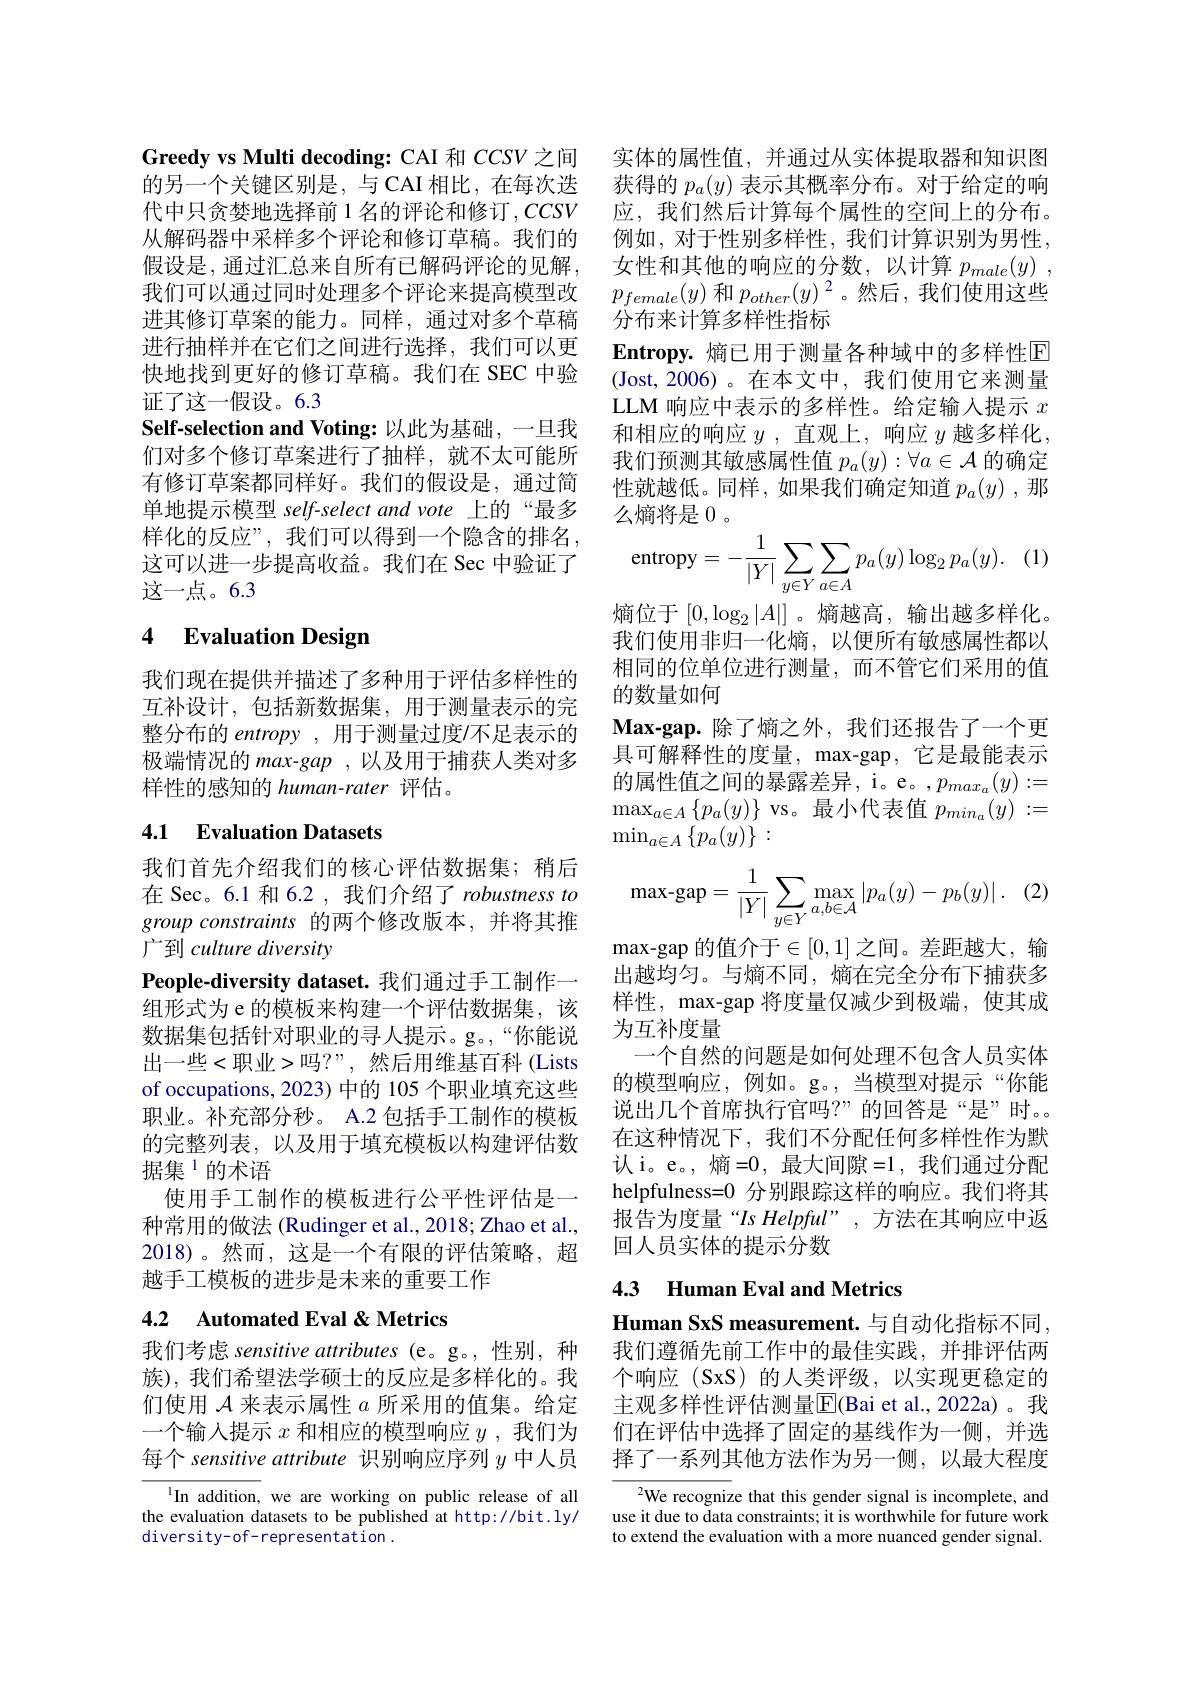
Greedy vs Multi decoding: CAI 和 CCSV 之间的另一个关键区别是，与CAI 相比，在每次迭代中只贪婪地选择前 1 名的评论和修订$,CCSV$ 从解码器中采样多个评论和修订草稿。我们的假设是，通过汇总来自所有已解码评论的见解， 我们可以通过同时处理多个评论来提高模型改进其修订草案的能力。同样，通过对多个草稿进行抽样并在它们之间进行选择，我们可以更快地找到更好的修订草稿。我们在 SEC 中验证了这一假设。6.3
Self-selection and Voting: 以此为基础，一旦我们对多个修订草案进行了抽样，就不太可能所有修订草案都同样好。我们的假设是，通过简单地提示模型 self-select and vote 上的“最多样化的反应”,我们可以得到一个隐含的排名， 这可以进一步提高收益。我们在 Sec 中验证了这一点。6.3

## 4 Evaluation Design

我们现在提供并描述了多种用于评估多样性的互补设计，包括新数据集，用于测量表示的完整分布的 entropy ,用于测量过度/不足表示的极端情况的 max-gap , 以及用于捕获人类对多样性的感知的 human-rater 评估。

## 4.1 Evaluation Datasets

我们首先介绍我们的核心评估数据集；稍后在 Sec。6.1 和 6.2 , 我们介绍了 robustness to group constraints 的两个修改版本，并将其推广到 culture diversity
People-diversity dataset. 我们通过手工制作一组形式为 e 的模板来构建一个评估数据集，该数据集包括针对职业的寻人提示。g。“你能说出一些<职业>吗？”,然后用维基百科(Lists of occupations, 2023) 中的 105 个职业填充这些职业。补充部分秒。A.2 包括手工制作的模板的完整列表，以及用于填充模板以构建评估数据集$^{1}$的术语
使用手工制作的模板进行公平性评估是一种常用的做法 (Rudinger et al., 2018; Zhao et al., 2018)。然而，这是一个有限的评估策略，超越手工模板的进步是未来的重要工作

## 4.2 Automated Eval & Metrics

我们考虑 sensitive attributes (e。g。,性别，种族),我们希望法学硕士的反应是多样化的。我们使用$\mathcal{A}$来表示属性$a$所采用的值集。给定一个输入提示$x$和相应的模型响应$y$ ,我们为每个 sensitive attribute 识别响应序列$y$中人员

In addition, we are working on public release of all the evaluation datasets to be published at http://bit.ly/ diversity-of-representation.

实体的属性值，并通过从实体提取器和知识图获得的$p_a(y)$表示其概率分布。对于给定的响应，我们然后计算每个属性的空间上的分布。例如，对于性别多样性，我们计算识别为男性， 女性和其他的响应的分数，以计算$p_male( y)$ , $p_{female}(y)$和$p_other(y)^2$。然后，我们使用这些分布来计算多样性指标
Entropy.熵已用于测量各种域中的多样性E (Jost,2006)。在本文中，我们使用它来测量LLM 响应中表示的多样性。给定输入提示$x$ 和相应的响应$y$ ,直观上，响应$y$越多样化， 我们预测其敏感属性值$p_a(y):\forall a\in\mathcal{A}$的确定性就越低。同样，如果我们确定知道$p_a(y)$ ,那么熵将是 0 。
$$\text{entropy}=-\frac{1}{|Y|}\sum_{y\in Y}\sum_{a\in A}p_{a}(y)\log_{2}p_{a}(y).$$
熵位于$[0,\log_2|A|]$。熵越高，输出越多样化。我们使用非归一化熵，以便所有敏感属性都以相同的位单位进行测量，而不管它们采用的值的数量如何
$\textbf{Max- gap. 除 了 熵 之 外 , 我 们 还 报 告 了 一 个 更 }$ 具可解释性的度量，max-gap, 它是最能表示的属性值之间的暴露差异，i。e。$,p_{max_a}(y):=$ $\max_{a\in A}\left\{p_a(y)\right\}$vs。最小代表值$p_min_a(y):=$ $\operatorname*{min}_{a\in A}\left\{p_{a}(y)\right\}:$
$$\text{max-gap}=\frac{1}{|Y|}\sum_{y\in Y}\max_{a,b\in\mathcal{A}}|p_a(y)-p_b(y)|\:.$$
$\max$-gap 的值介于$\in[0,1]$之间。差距越大，输出越均匀。与熵不同，熵在完全分布下捕获多样性，max-gap 将度量仅减少到极端，使其成为互补度量
一个自然的问题是如何处理不包含人员实体的模型响应，例如。g。,当模型对提示“你能说出几个首席执行官吗？”的回答是“是”时。在这种情况下，我们不分配任何多样性作为默认 i。e。, 熵=0,最大间隙=1,我们通过分配helpfulness=0 分别跟踪这样的响应。我们将其报告为度量“Is Helpful”, 方法在其响应中返回人员实体的提示分数
4.3 Human Eval and Metrics

Human SxS measurement. 与自动化指标不同， 我们遵循先前工作中的最佳实践，并排评估两个响应 (SxS) 的人类评级，以实现更稳定的主观多样性评估测量$\mathbb{E}[($Bai et al.,2022a)。我们在评估中选择了固定的基线作为一侧，并选择了一系列其他方法作为另一侧，以最大程度

$^2$We recognize that this gender signal is incomplete, and use it due to data constraints; it is worthwhile for future work to extend the evaluation with a more nuanced gender signal.